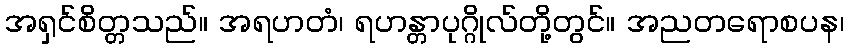
အရှင်စိတ္တသည်။ အရဟတံ၊ ရဟန္တာပုဂ္ဂိုလ်တို့တွင်။ အညတရောစပန၊